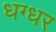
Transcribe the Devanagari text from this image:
धग्धर